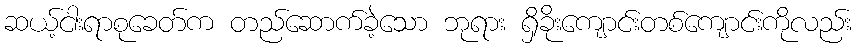
ဆယ့်ငါးရာစုခေတ်က တည်ဆောက်ခဲ့သော ဘုရား ရှိခိုးကျောင်းတစ်ကျောင်းကိုလည်း